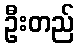
ဦးတည်